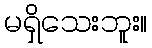
မရှိသေးဘူး။